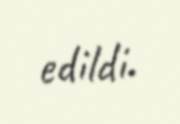
edildi.